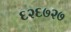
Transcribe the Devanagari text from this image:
६२६७२७